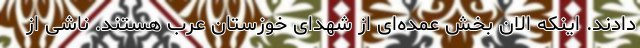
دادند. اینکه الان بخش عمده‌ای از شهدای خوزستان عرب هستند. ناشی از